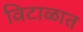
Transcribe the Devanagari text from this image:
विटाळात